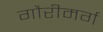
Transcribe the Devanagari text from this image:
गौरीमर्ग